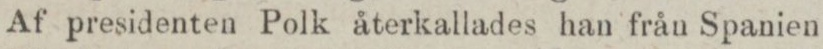
Af presidenten Polk återkallades han från Spanien